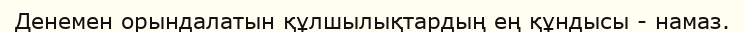
Денемен орындалатын құлшылықтардың ең құндысы - намаз.